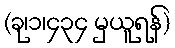
(ခု၊၁၊၄၃၄ မှယူရန်)